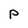
Character: p